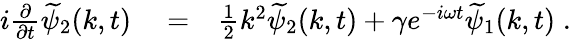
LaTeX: \begin{array}{rlr}{i\frac{\partial}{\partial t}\widetilde{\psi}_{2}(k,t)}&{{}=}&{\frac{1}{2}k^{2}\widetilde{\psi}_{2}(k,t)+\gamma e^{-i\omega t}\widetilde{\psi}_{1}(k,t)\; .}\end{array}